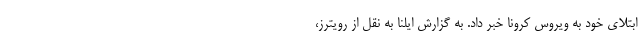
ابتلای خود به ویروس کرونا خبر داد. به گزارش ایلنا به نقل از رویترز،